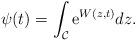
LaTeX: \begin{align*}\psi(t)=\int_{\cal C} {\rm e}^{ W(z,t)} dz.\end{align*}